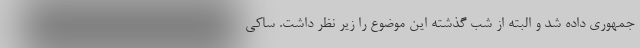
جمهوری داده شد و البته از شب گذشته این موضوع را زیر نظر داشت. ساکی